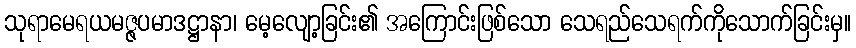
သုရာမေရယမဇ္ဇပမာဒဋ္ဌာနာ၊ မေ့လျော့ခြင်း၏ အကြောင်းဖြစ်သော သေရည်သေရက်ကိုသောက်ခြင်းမှ။